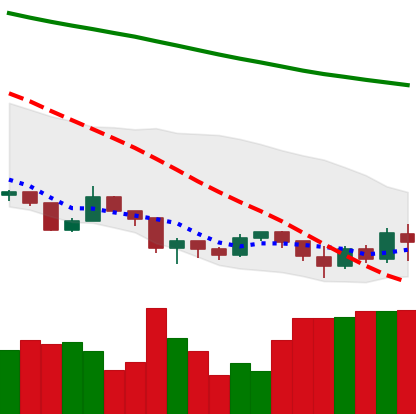
Ticker: XLM-USD
Chart end date: 2019-08-26
Forward return: -10.341%
Label: down_7plus